Report on vaccination in Madras 1895-1903 - 1895-1903
Year: 1895
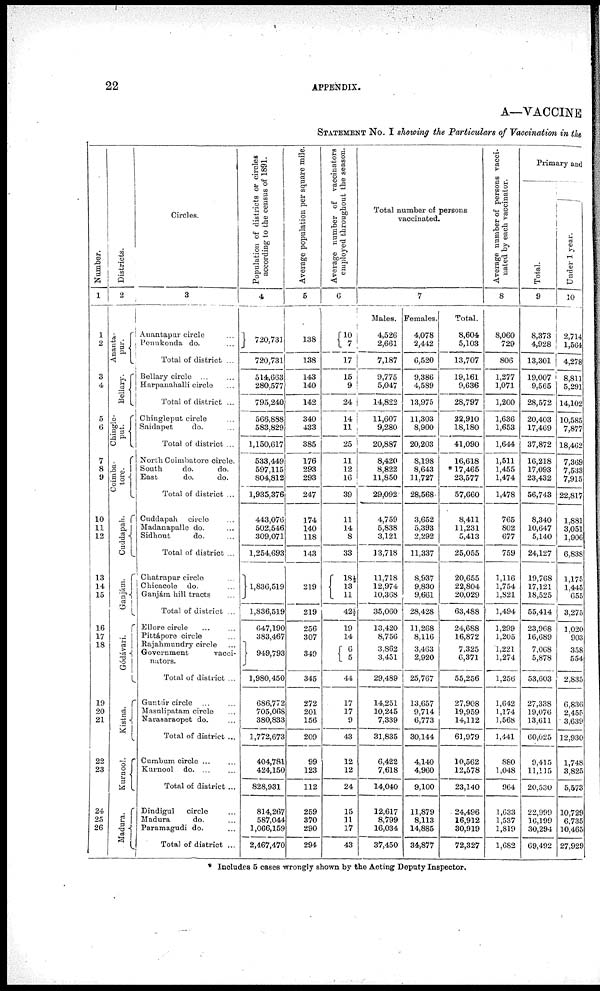
22
APPENDIX.
A—VACCINE
STATEMENT NO. I showing the Particulars of Vaccination in the
Number.
1
1
2
3
4
5
6
7
8
9
10
11
12
13
14
15
16
17
18
19
20
21
22
23
24
25
26
Districts.
2
Ananta-
pur.
Bellary.
Chingle-
put.
Coimba-
tore.
Cuddapali.
Ganjám.
Gódávari.
Kistna.
Kurnool.
Madura.
Circles.
3
Anantapur circle ...
Penukonda do. ...
Total of district ...
Bellary circle ... ...
Harpanahalli circle ...
Total of district ...
Chingleput circle ...
Saidapet
do. ...
Total of district ...
North Coimbatore circle.
South
do.
do.
East
do.
do.
Total of district ...
Cuddapah circle ...
Madanapalle do. ...
Sidhout
do. ...
Total of district ...
Chatrapur circle ...
Chicacole do.
Ganjám hill tracts ...
Total of district ...
Ellore circle ... ...
Pittápore circle ...
Rajahmundry circle ...
Government vacci-
nators.
Total of district ...
Guntúr circle ... ...
Masulipatam circle ...
Narasaraopet do. ...
Total of district ...
Cumbum circle ... ...
Kurnool do. ... ...
Total of district ...
Dindigul
circle ...
Madura
do. ...
Paramagudi do. ...
Total of district ...
Population of districts or circles
according to the census of 1891.
4
720,731
720,731
514,663
280,577
795,240
566,888
583,829
1,150,617
533,449
597,115
804,812
1,935,376
443,076
502,546
309,071
1,254,693
1,836,519
1,836,519
647,190
383,467
949,793
1,980,450
686,772
705,068
380,833
1,772,673
404,781
424,150
828,931
814,267
587,044
1,066,159
2,467,470
Average population per square mile.
5
138
138
143
140
142
340
433
385
176
293
293
247
174
140
118
143
219
219
256
307
349
345
272
201
156
209
99
123
112
259
370
290
294
Average number of vaccinators
employed throughout the season.
6
10
7
17
15
9
24
14
11
25
11
12
16
39
11
14
8
33
18½
13
11
42½
19
14
6
5
44
17
17
9
43
12
12
24
15
11
17
43
Total number of persons
vaccinated.
7
Males.
4,526
2,661
7,187
9,775
5,047
14,822
11,607
9,280
20,887
8,420
8,822
11,850
29,092
4,759
5,838
3,121
13,718
11,718
12,974
10,368
35,060
13,420
8,756
3,862
3,451
29,489
14,251
10,245
7,339
31,835
6,422
7,618
14,040
12,617
8,799
16,034
37,450
Females.
4,078
2,442
6,520
9,386
4,589
13,975
11,303
8,900
20,203
8,198
8,643
11,727
28,568
3,652
5,393
2,292
11,337
8,937
9,830
9,661
28,428
11,268
8,116
3,463
2,920
25,767
13,657
9,714
6,773
30,144
4,140
4,960
9,100
11,879
8,113
14,885
34,877
Total.
8,604
5,103
13,707
19,161
9,636
28,797
22,910
18,180
41,090
16,618
* 17,465
23,577
57,660
8,411
11,231
5,413
25,055
20,655
22,804
20,029
63,488
24,688
16,872
7,325
6,371
55,256
27,908
19,959
14,112
61,979
10,562
12,578
23,140
24,496
16,912
30,919
72,327
Average number of persons vacci-
nated by each vaccinator.
8
8,060
729
806
1,277
1,071
1,200
1,636
1,653
1,644
1,511
1,455
1,474
1,478
765
802
677
759
1,116
1,754
1,821
1,494
1,299
1,205
1,221
1,274
1,256
1,642
1,174
1,568
1,441
880
1,048
964
1,633
1,537
1,819
1,682
Primary and
Total.
9
8,373
4,928
13,301
19,007
9,565
28,572
20,403
17,469
37,872
16,218
17,093
23,432
56,743
8,340
10,647
5,140
24,127
19,768
17,121
18,525
55,414
23,968
16,689
7,068
5,878
53,603
27,338
19,076
13,611
60,025
9,415
11,115
20,530
22,999
16,199
30,294
69,492
Under 1 Year.
10
2,714
1,564
4,278
8,811
5,291
14,102
10,585
7,877
18,462
7,309
7,533
7,915
22,817
1,881
3,051
1,906
6,838
1,175
1,445
655
3,275
1,020
903
358
554
2,835
6,836
2,455
3,639
12,930
1,748
3,825
5,573
10,729
6,735
10,465
27,929
* Includes 5 cases wrongly shown by the Acting Deputy Inspector.